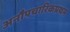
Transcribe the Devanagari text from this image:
अनौपचारिकप्रथम